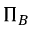
\Pi _ { B }